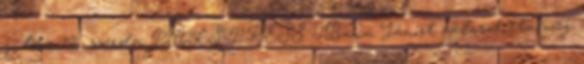
július 12., szerda PAKS-PRESS – Bana Jánost választotta meg